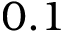
0 . 1